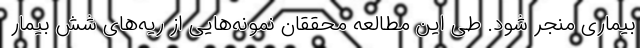
بیماری منجر شود. طی این مطالعه محققان نمونه‌هایی از ریه‌های شش بیمار